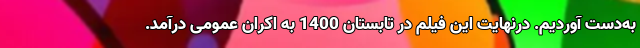
به‌دست آوردیم. درنهایت این فیلم در تابستان 1400 به اکران عمومی درآمد.